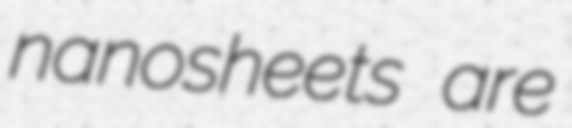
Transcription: nanosheets are